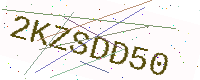
Text: 2KZSDD50